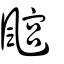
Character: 𩘎